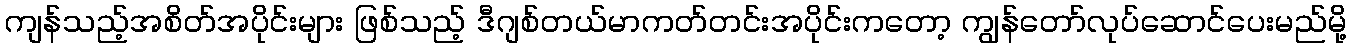
ကျန်သည့်အစိတ်အပိုင်းများ ဖြစ်သည့် ဒီဂျစ်တယ်မာကတ်တင်းအပိုင်းကတော့ ကျွန်တော်လုပ်ဆောင်ပေးမည်မို့